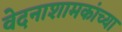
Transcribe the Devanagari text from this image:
वेदनाशामकांच्या